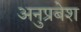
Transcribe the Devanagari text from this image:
अनुप्रबेश